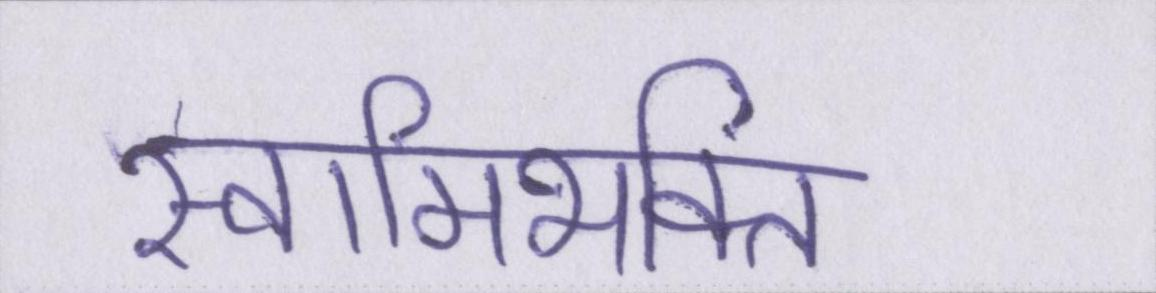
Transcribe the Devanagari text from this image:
स्वामिभक्ति